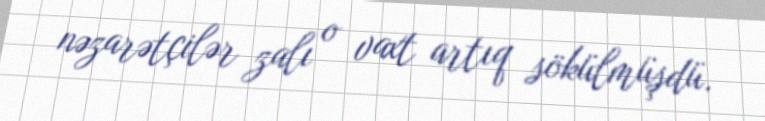
nəzarətçilər zalı o vaxt artıq sökülmüşdü.